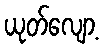
ယုတ်လျော့